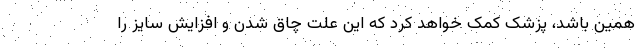
همین باشد، پزشک کمک خواهد کرد که این علت چاق شدن و افزایش سایز را